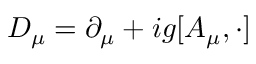
D _ { \mu } = \partial _ { \mu } + i g [ A _ { \mu } , \cdot ]